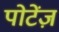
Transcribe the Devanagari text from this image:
पोटेंज़